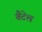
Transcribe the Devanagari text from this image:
बैटेल